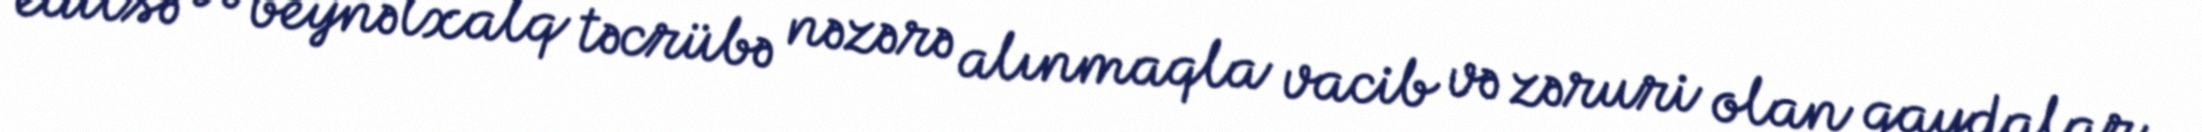
edilsə və beynəlxalq təcrübə nəzərə alınmaqla vacib və zəruri olan qaydalar